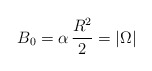
\begin{align*}B_0=\alpha\,\frac{R^2}{2}=|\Omega|\end{align*}